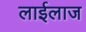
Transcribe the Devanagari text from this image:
लाईलाज